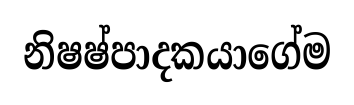
නිෂෂ්පාදකයාගේම